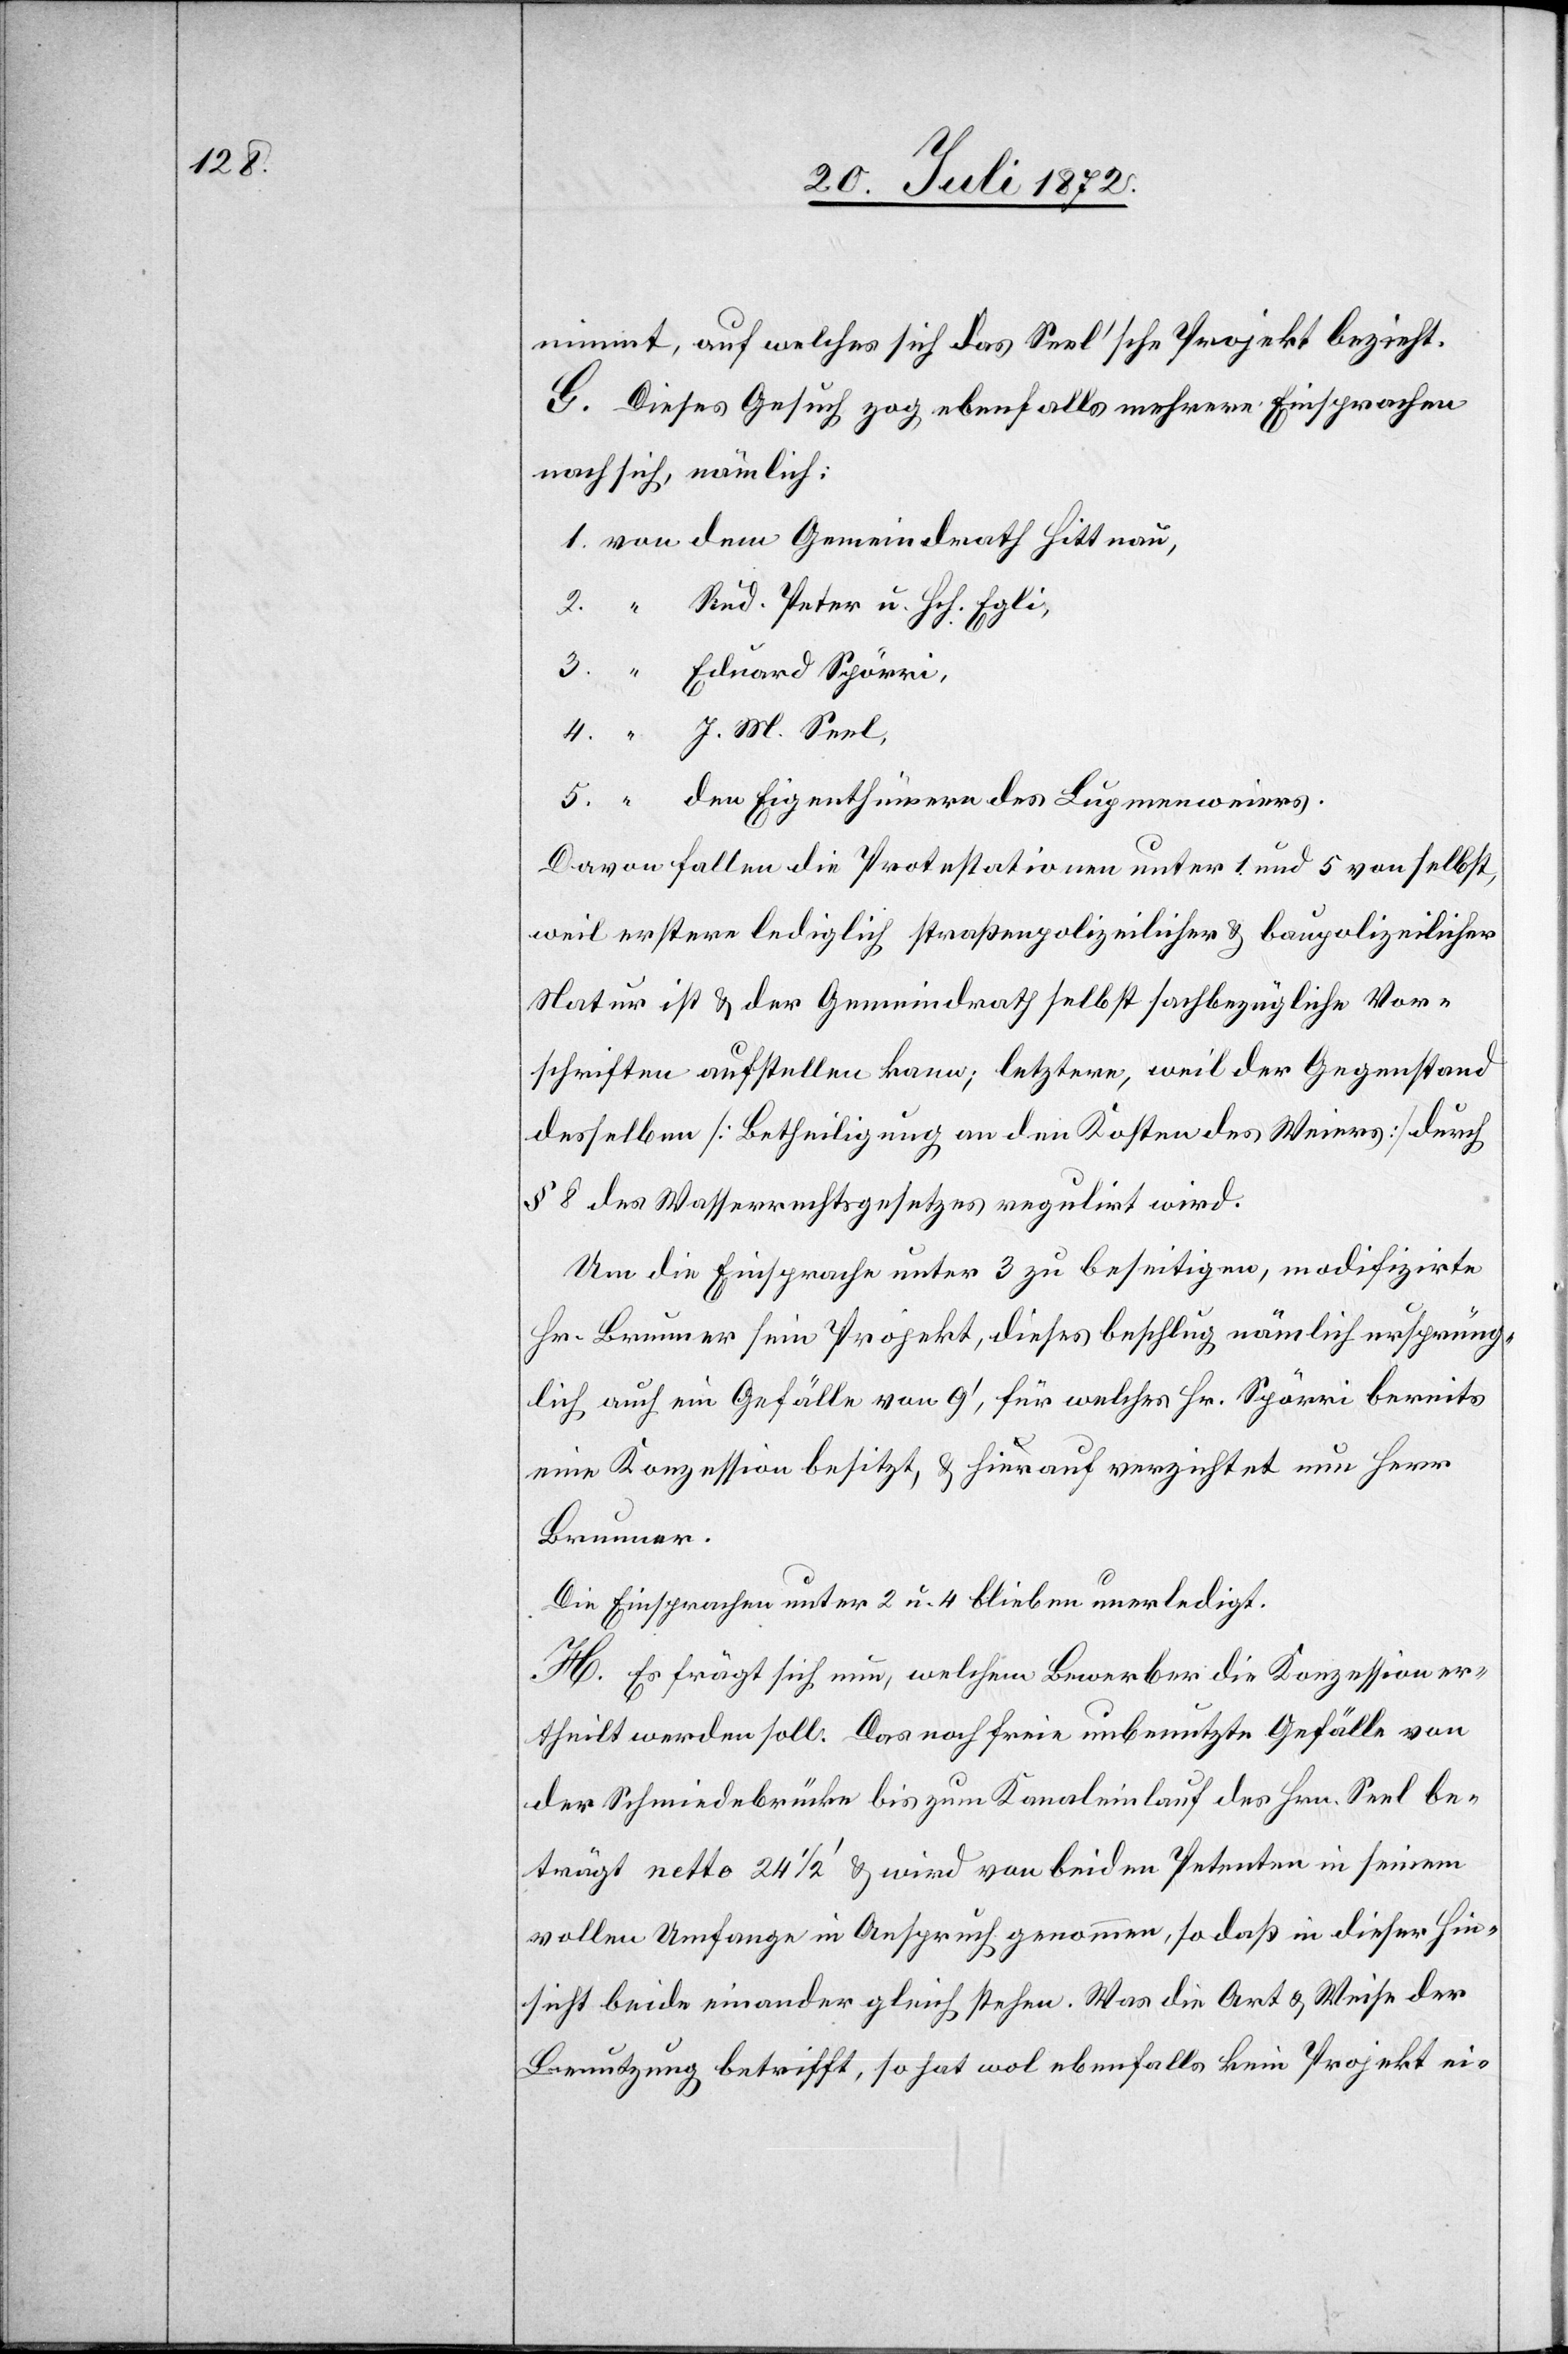
J. M.

nimmt, auf welches sich das Seel’sche Projekt bezieht.
G. Dieses Gesuch zog ebenfalls mehrere Einsprachen
nach sich, nämlich:
Rud. Peter u. Hch. Egli,
Davon fallen die Protestationen unter 1 und 5 von selbst,
weil erstere lediglich straßenpolizeilicher u. baupolizeilicher
Natur ist u. der Gemeindrath selbst sachbezügliche Vor¬
schriften aufstellen kann; letztere, weil der Gegenstand
desselben [Betheiligung an den Kosten des Weiers] durch
§ 8 des Wasserrechtsgesetzes regulirt wird.
Um die Einsprache unter 3 zu beseitigen, modifizirte
Hr. Brunner sein Projekt, dieses beschlug nämlich ursprüng¬
lich auf ein Gefälle von 9’, für welches Hr. Spörri bereits
eine Konzession besitzt, u. hierauf verzichtet nun Herr
Brunner.
Die Einsprachen unter 2 u. 4 bleiben unerledigt.
H. Es frägt sich nun, welchem Bewerber die Konzession er¬
theilt werden soll. Das noch frei unbenutzte Gefälle von
der Schmiedebrücke bis zum Kanaleinlauf des Hrn. Seel be¬
trägt netto 24 1/2’ u. wird von beiden Petenten in seinem
vollen Umfange in Anspruch genommen, so daß in dieser Hin¬
sicht beide einander gleich stehen. Was die Art u. Weise der
Benutzung betrifft, so hat wol ebenfalls kein Projekt ei-